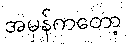
အမှန်ကတော့